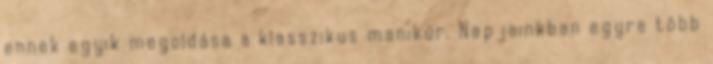
ennek egyik megoldása a klasszikus manikűr. Napjainkban egyre több